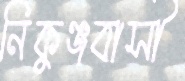
নিকুঞ্জবাসী